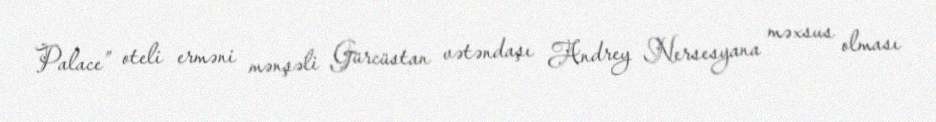
Palace” oteli erməni mənşəli Gürcüstan vətəndaşı Andrey Nersesyana məxsus olması